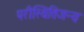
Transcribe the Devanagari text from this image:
परीस्थितिजन्य